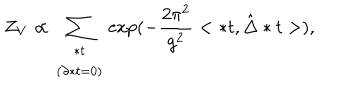
LaTeX: Z _ { V } \propto \sum _ { \begin{array} { c } { { * t } } \\ { { \left( \partial * t = 0 \right) } } \\ \end{array} } \exp ( - \frac { 2 \pi ^ { 2 } } { g ^ { 2 } } < * t , \hat { \Delta } * t > ) ,